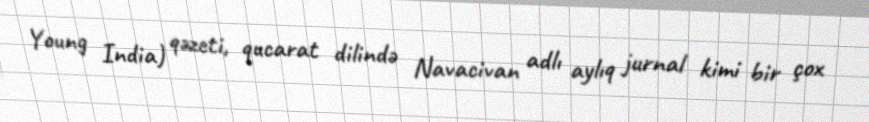
Young India) qəzeti, qucarat dilində Navacivan adlı aylıq jurnal kimi bir çox